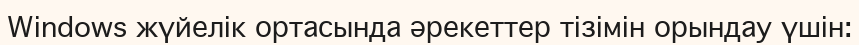
Windows жүйелік ортасында әрекеттер тізімін орындау үшін: